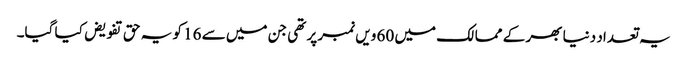
یہ تعداد دنیا بھر کے ممالک میں 60 ویں نمبر پر تھی جن میں سے 16 کو یہ حق تفویض کیا گیا۔